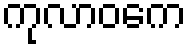
ကုလာဝကေ